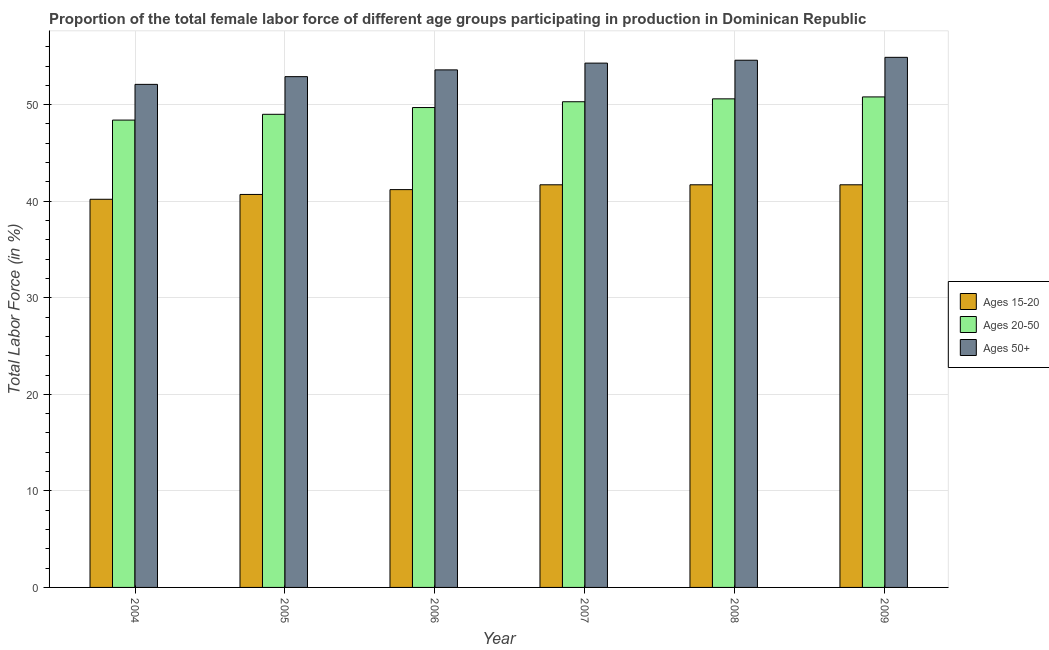
| Year | Ages 15-20 | Ages 20-50 | Ages 50+ |
 | --- | --- | --- | --- |
 | 2004 | 40.2 | 48.4 | 52.1 |
 | 2005 | 40.7 | 49 | 52.9 |
 | 2006 | 41.2 | 49.7 | 53.6 |
 | 2007 | 41.7 | 50.3 | 54.3 |
 | 2008 | 41.7 | 50.6 | 54.6 |
 | 2009 | 41.7 | 50.8 | 54.9 |